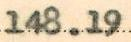
148.19